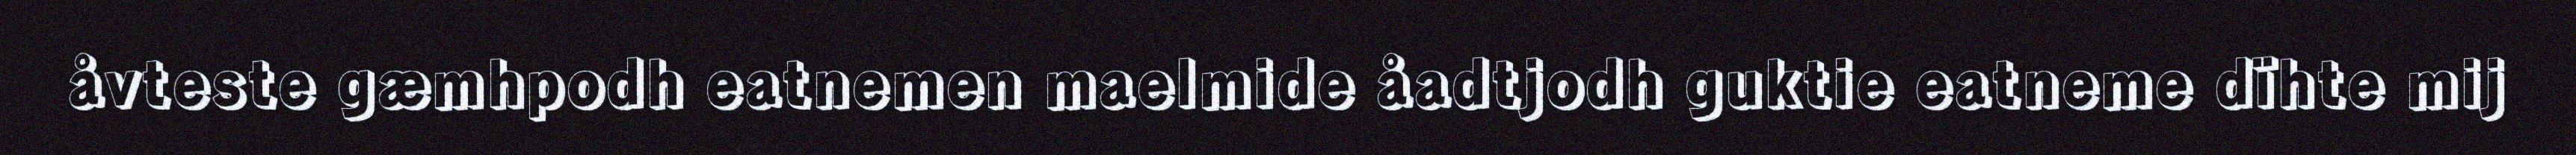
åvteste gæmhpodh eatnemen maelmide åadtjodh guktie eatneme dïhte mij